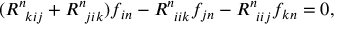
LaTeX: ( R _ { ~ k i j } ^ { n } + R _ { ~ j i k } ^ { n } ) f _ { i n } - R _ { ~ i i k } ^ { n } f _ { j n } - R _ { ~ i i j } ^ { n } f _ { k n } = 0 ,